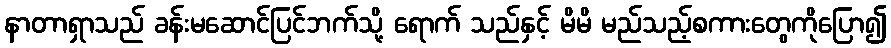
နာတာရှာသည် ခန်းမဆောင်ပြင်ဘက်သို့ ရောက် သည်နှင့် မိမိ မည်သည့်စကားတွေကိုပြော၍